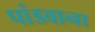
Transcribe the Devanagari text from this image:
पांडवाना